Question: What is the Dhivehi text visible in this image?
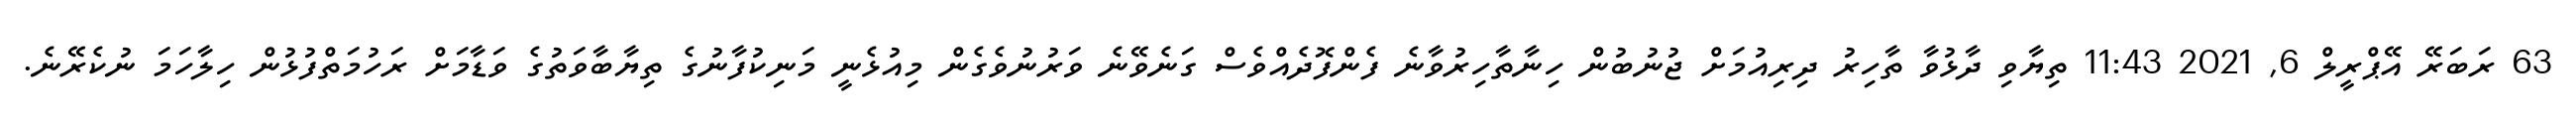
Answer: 63 ރަބަރޭ އޭޕްރީލް 6, 2021 11:43 ތިޔާވި ދާޅުވާ ތާހިރު ދިރިއުމަށް ޖުނުބުން ހިނާތާހިރުވާނެ ފެންފޮދެއްވެސް ގަނެވޭނެ ވަރުނުވެގެން މިއުޅެނީ މަނިކުފާނުގެ ތިޔާބާވަތުގެ ވަޑާމަށް ރަހުމަތްފުޅުން ހިލާހަމަ ނުކެރޭނެ.